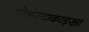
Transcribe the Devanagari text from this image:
मोक्षस्याकाङ्क्षा